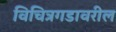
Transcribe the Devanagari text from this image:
विचित्रगडावरील